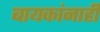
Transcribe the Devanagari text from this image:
बायकांनाही